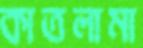
কাতলামা